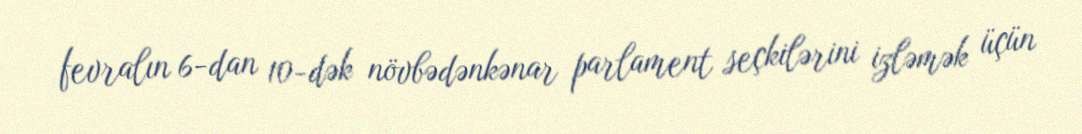
fevralın 6-dan 10-dək növbədənkənar parlament seçkilərini izləmək üçün